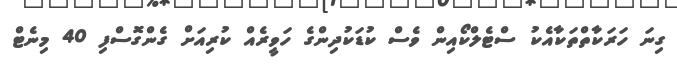
ގިނަ ހަރަކާތްތަކާއެކު ސްޓެލްކޯއިން ވެސް ކުޑަކުދިންގެ ހަވީރެއް ކުރިއަށް ގެންގޮސްފި 40 މިނެޓް